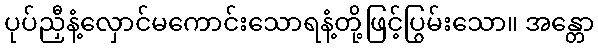
ပုပ်ညှီနံ့လှောင်မကောင်းသောရနံ့တို့ဖြင့်ပြွမ်းသော။ အန္တော